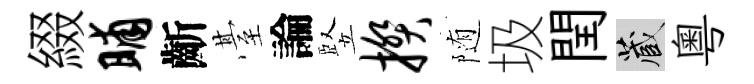
綴晡齗䑓論竪揆随圾閏藏粵